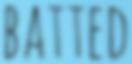
BATTED